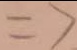
\Rightarrow